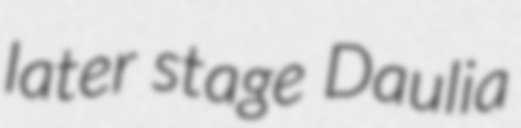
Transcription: later stage Daulia